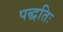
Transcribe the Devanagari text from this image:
पद्धतिः